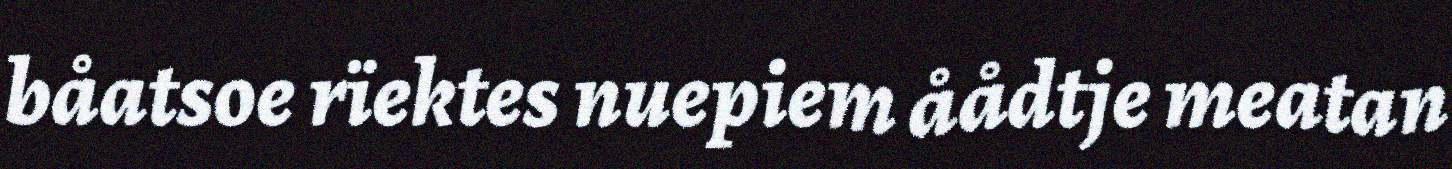
båatsoe rïektes nuepiem åådtje meatan